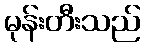
မုန်းတီးသည်